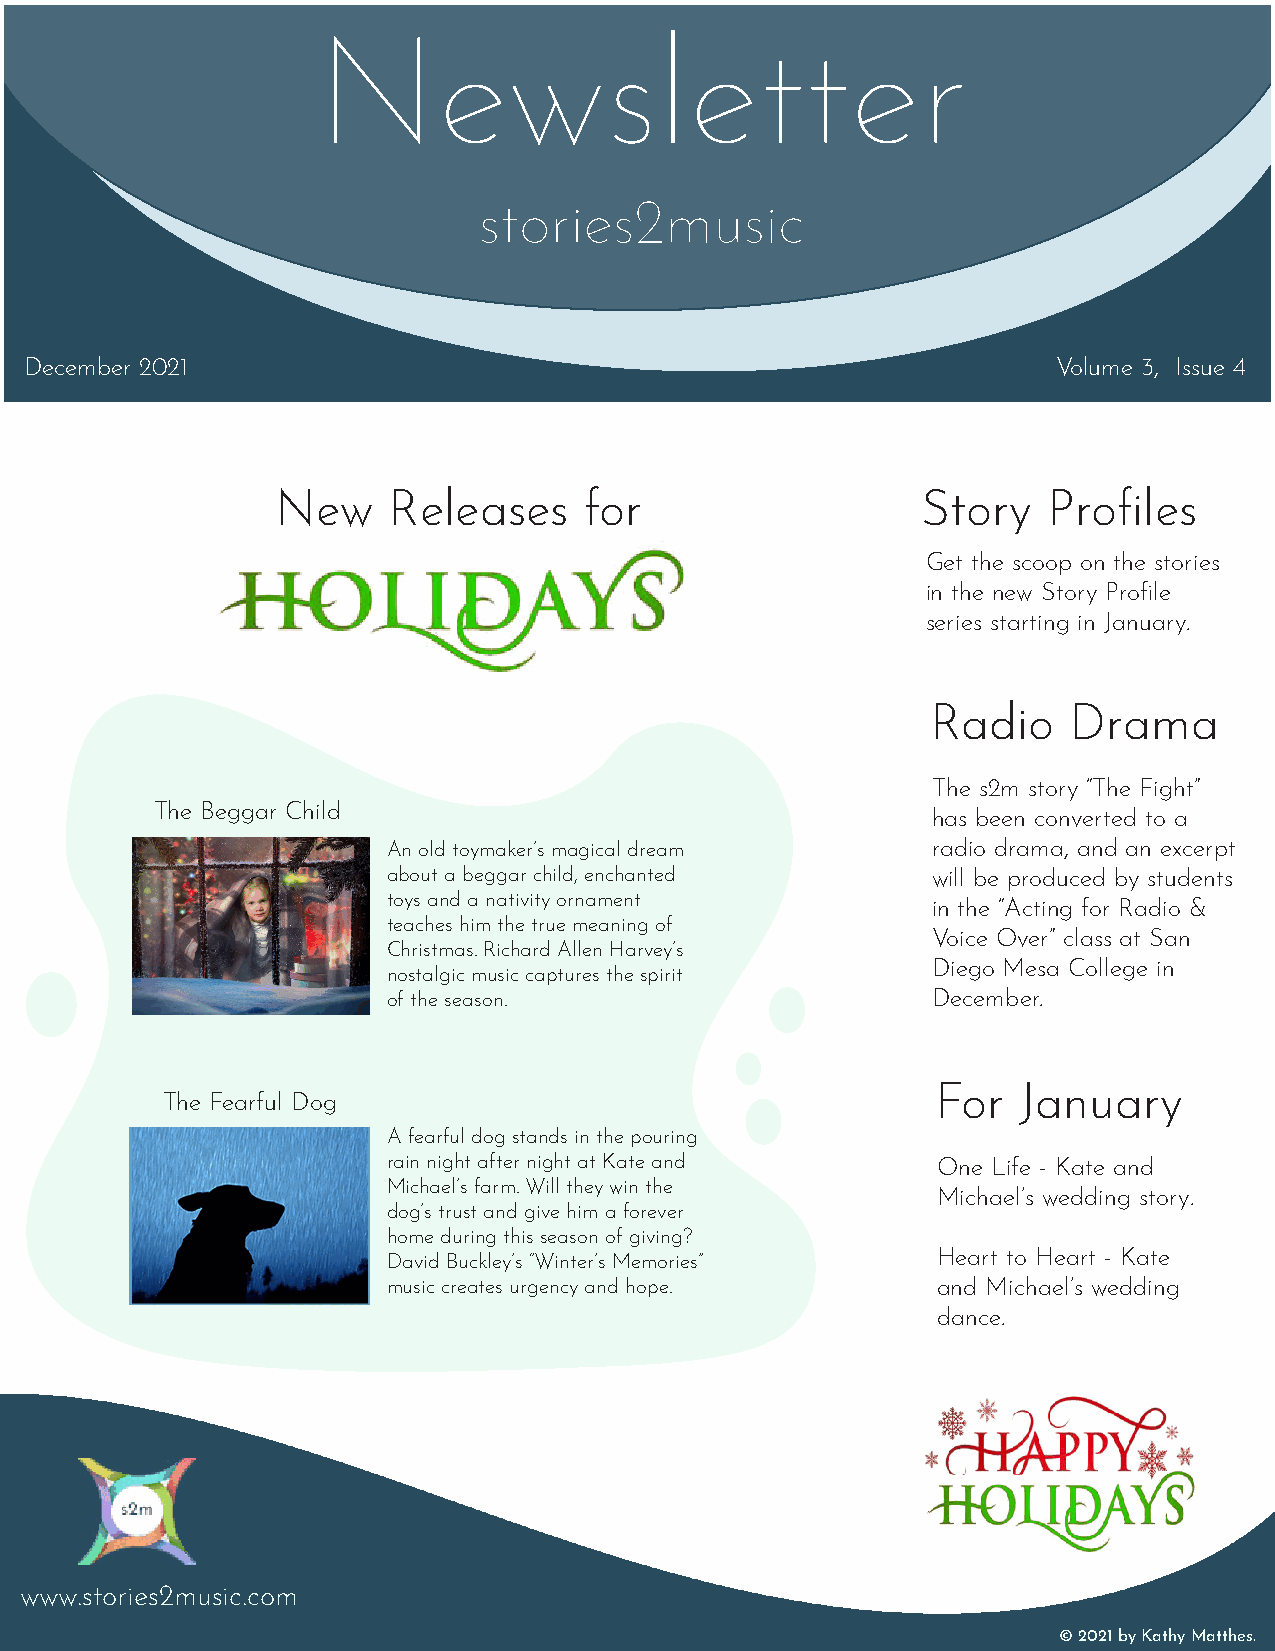
Newsletter
 ssstttooorrriiieeesss222mmmuuusssiiiccc
 DDDDeeeecccceeeemmmmbbbbeeeerrrr 2222000022221111                   VVVVoooolllluuuummmmeeee 3333,,,, IIIIssssssssuuuueeee 4444
 New     Releases     for                   Story   Profiles
 Get the scoop on the stories
 in the new Story Profile
 series starting in January.
 Radio    Drama
 The s2m story “The Fight”
 The Beggar Child
 has been converted to a
 An old toymaker’s magical dream     radio drama, and an excerpt
 about a beggar child, enchanted     will be produced by students
 toys and a nativity ornament
 in the “Acting for Radio &
 teaches him the true meaning of
 Voice Over” class at San
 Christmas. Richard Allen Harvey’s
 Diego Mesa College in
 nostalgic music captures the spirit
 of the season.                      December.
 For  January
 The Fearful Dog
 A fearful dog stands in the pouring
 rain night after night at Kate and  One Life - Kate and
 Michael’s farm. Will they win the
 Michael’s wedding story.
 dog’s trust and give him a forever
 home during this season of giving?
 Heart to Heart - Kate
 David Buckley’s “Winter’s Memories”
 music creates urgency and hope.     and Michael’s wedding
 dance.
 wwwwwwwww...ssstttooorrriiieeesss222mmmuuusssiiiccc...cccooommm
 ©©© 222000222111 bbbyyy KKKaaattthhhyyy MMMaaatttttthhheeesss...